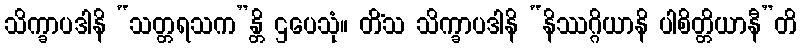
သိက္ခာပဒါနိ “သတ္တရသက”န္တိ ဌပေသုံ။ တိံသ သိက္ခာပဒါနိ “နိဿဂ္ဂိယာနိ ပါစိတ္တိယာနီ”တိ